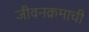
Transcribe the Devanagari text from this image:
जीवनक्रमाची